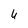
Character: 6